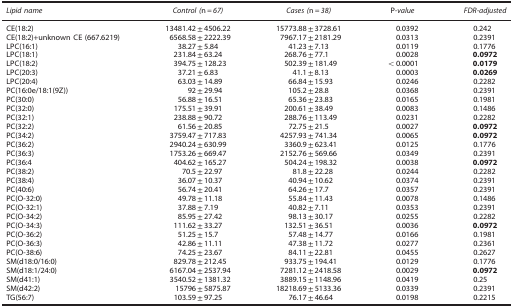
<table><thead><tr><td><b><i>Lipid name</i></b></td><td><b><i>Control (</i>n=<i>67)</i></b></td><td><b><i>Cases (</i>n=<i>38)</i></b></td><td><b>P-<i>value</i></b></td><td><b><i>FDR-adjusted</i></b></td></tr></thead><tbody><tr><td>CE(18:2)</td><td>13481.42±4506.22</td><td>15773.88±3728.61</td><td>0.0392</td><td>0.242</td></tr><tr><td>CE(18:2)+unknown CE (667.6219)</td><td>6568.58±2222.39</td><td>7967.17±2181.29</td><td>0.0313</td><td>0.2391</td></tr><tr><td>LPC(16:1)</td><td>38.27±5.84</td><td>41.23±7.13</td><td>0.0119</td><td>0.1776</td></tr><tr><td>LPC(18:1)</td><td>231.84±63.24</td><td>268.76±77.1</td><td>0.0028</td><td><b>0.0972</b></td></tr><tr><td>LPC(18:2)</td><td>394.75±128.23</td><td>502.39±181.49</td><td>&lt;0.0001</td><td><b>0.0179</b></td></tr><tr><td>LPC(20:3)</td><td>37.21±6.83</td><td>41.1±8.13</td><td>0.0003</td><td><b>0.0269</b></td></tr><tr><td>LPC(20:4)</td><td>63.03±14.89</td><td>66.84±15.93</td><td>0.0246</td><td>0.2282</td></tr><tr><td>PC(16:0e/18:1(9Z))</td><td>92±29.94</td><td>105.2±28.8</td><td>0.0368</td><td>0.2391</td></tr><tr><td>PC(30:0)</td><td>56.88±16.51</td><td>65.36±23.83</td><td>0.0165</td><td>0.1981</td></tr><tr><td>PC(32:0)</td><td>175.51±39.91</td><td>200.61±38.49</td><td>0.0083</td><td>0.1486</td></tr><tr><td>PC(32:1)</td><td>238.88±90.72</td><td>288.76±113.49</td><td>0.0231</td><td>0.2282</td></tr><tr><td>PC(32:2)</td><td>61.56±20.85</td><td>72.75±21.5</td><td>0.0027</td><td><b>0.0972</b></td></tr><tr><td>PC(34:2)</td><td>3759.47±717.83</td><td>4257.93±741.34</td><td>0.0065</td><td><b>0.0972</b></td></tr><tr><td>PC(36:2)</td><td>2940.24±630.99</td><td>3360.9±623.41</td><td>0.0125</td><td>0.1776</td></tr><tr><td>PC(36:3)</td><td>1753.26±669.47</td><td>2152.76±569.66</td><td>0.0349</td><td>0.2391</td></tr><tr><td>PC(36:4</td><td>404.62±165.27</td><td>504.24±198.32</td><td>0.0038</td><td><b>0.0972</b></td></tr><tr><td>PC(38:2)</td><td>70.5±22.97</td><td>81.8±22.28</td><td>0.0244</td><td>0.2282</td></tr><tr><td>PC(38:4)</td><td>36.07±10.37</td><td>40.94±10.62</td><td>0.0374</td><td>0.2391</td></tr><tr><td>PC(40:6)</td><td>56.74±20.41</td><td>64.26±17.7</td><td>0.0357</td><td>0.2391</td></tr><tr><td>PC(O-32:0)</td><td>49.78±11.18</td><td>55.84±11.43</td><td>0.0078</td><td>0.1486</td></tr><tr><td>PC(O-32:1)</td><td>37.88±7.19</td><td>40.82±7.11</td><td>0.0353</td><td>0.2391</td></tr><tr><td>PC(O-34:2)</td><td>85.95±27.42</td><td>98.13±30.17</td><td>0.0255</td><td>0.2282</td></tr><tr><td>PC(O-34:3)</td><td>111.62±33.27</td><td>132.51±36.51</td><td>0.0036</td><td><b>0.0972</b></td></tr><tr><td>PC(O-36:2)</td><td>51.25±15.7</td><td>57.48±14.77</td><td>0.0166</td><td>0.1981</td></tr><tr><td>PC(O-36:3)</td><td>42.86±11.11</td><td>47.38±11.72</td><td>0.0277</td><td>0.2361</td></tr><tr><td>PC(O-38:6)</td><td>74.25±23.67</td><td>84.11±22.81</td><td>0.0455</td><td>0.2627</td></tr><tr><td>SM(d18:0/16:0)</td><td>829.78±212.45</td><td>933.75±194.41</td><td>0.0129</td><td>0.1776</td></tr><tr><td>SM(d18:1/24:0)</td><td>6167.04±2537.94</td><td>7281.12±2418.58</td><td>0.0029</td><td><b>0.0972</b></td></tr><tr><td>SM(d41:1)</td><td>3540.52±1381.32</td><td>3889.15±1148.96</td><td>0.0419</td><td>0.25</td></tr><tr><td>SM(d42:2)</td><td>15796±5875.87</td><td>18218.69±5133.36</td><td>0.0339</td><td>0.2391</td></tr><tr><td>TG(56:7)</td><td>103.59±97.25</td><td>76.17±46.64</td><td>0.0198</td><td>0.2215</td></tr></tbody></table>